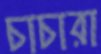
চাচারা